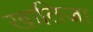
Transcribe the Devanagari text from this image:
खातिजा